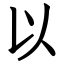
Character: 以